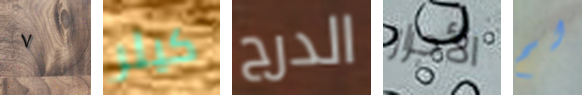
٧ كيلر الدرج الأحرار لم